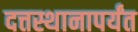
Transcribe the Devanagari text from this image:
दत्तस्थानापर्यंत